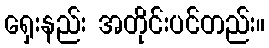
ရှေးနည်း အတိုင်းပင်တည်း။